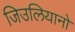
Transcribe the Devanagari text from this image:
जिउलियानो